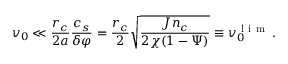
v _ { 0 } \ll \frac { r _ { c } } { 2 a } \frac { c _ { s } } { \delta \varphi } = \frac { r _ { c } } { 2 } \sqrt { \frac { J n _ { c } } { 2 \chi ( 1 - \Psi ) } } \equiv v _ { 0 } ^ { \mathrm { ~ l ~ i ~ m ~ } } \, .